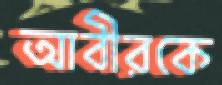
আবীরকে